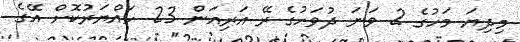
މިދިޔަ މަހުގެ 2 ވަނަ ދުވަހުގެ ރޭ އަރިއަން 23 ހައްޔަރުކޮށް އޭގެ